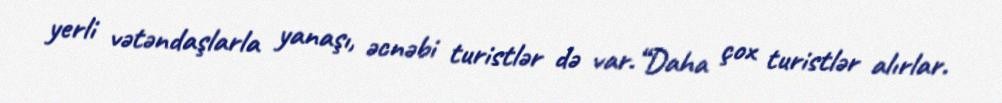
yerli vətəndaşlarla yanaşı, əcnəbi turistlər də var.“Daha çox turistlər alırlar.